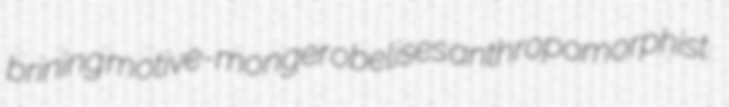
brining motive-monger obelises anthropomorphist